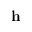
\mathbf { h }